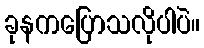
ခုနကပြောသလိုပါပဲ။